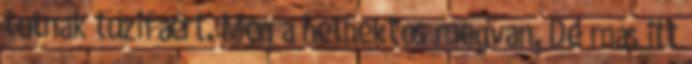
tótnak tűzifáért. Még a héthektós megvan. De más itt